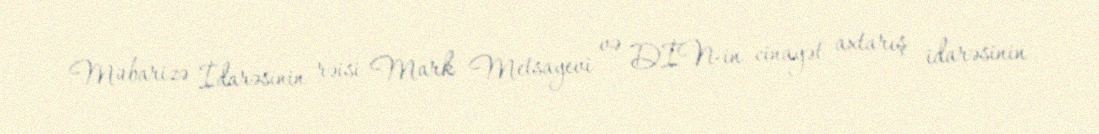
Mübarizə İdarəsinin rəisi Mark Metsayevi və DİN-in cinayət axtarış idarəsinin